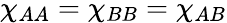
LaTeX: \chi_{AA}=\chi_{BB}=\chi_{AB}